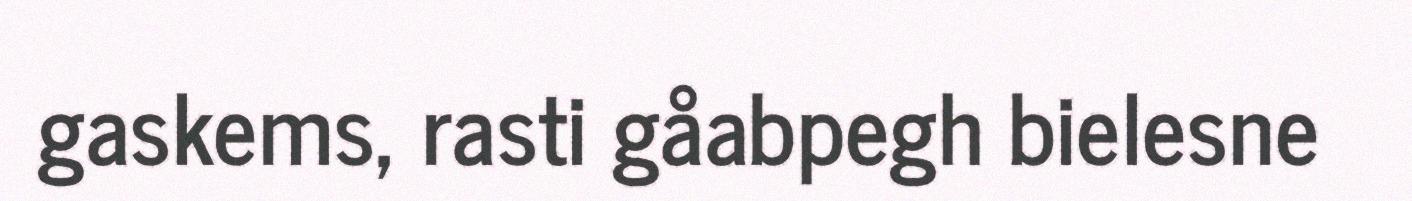
gaskems, rasti gåabpegh bielesne